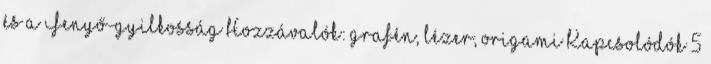
és a Fenyő-gyilkosság Hozzávalók: grafén, lézer, origami Kapcsolódók 5